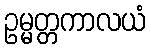
ဥမ္မတ္တကာလယံ